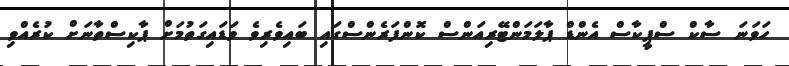
ހަވަނަ ސާކް ސްޕީކާސް އެންޑް ޕާލަމަންޓޭރިއަންސް ކޮންފަރެންސްގައި ބައިވެރިވެ ވަޑައިގަތުމަށް ޕާކިސްތާނަށް ކުރެއްވި